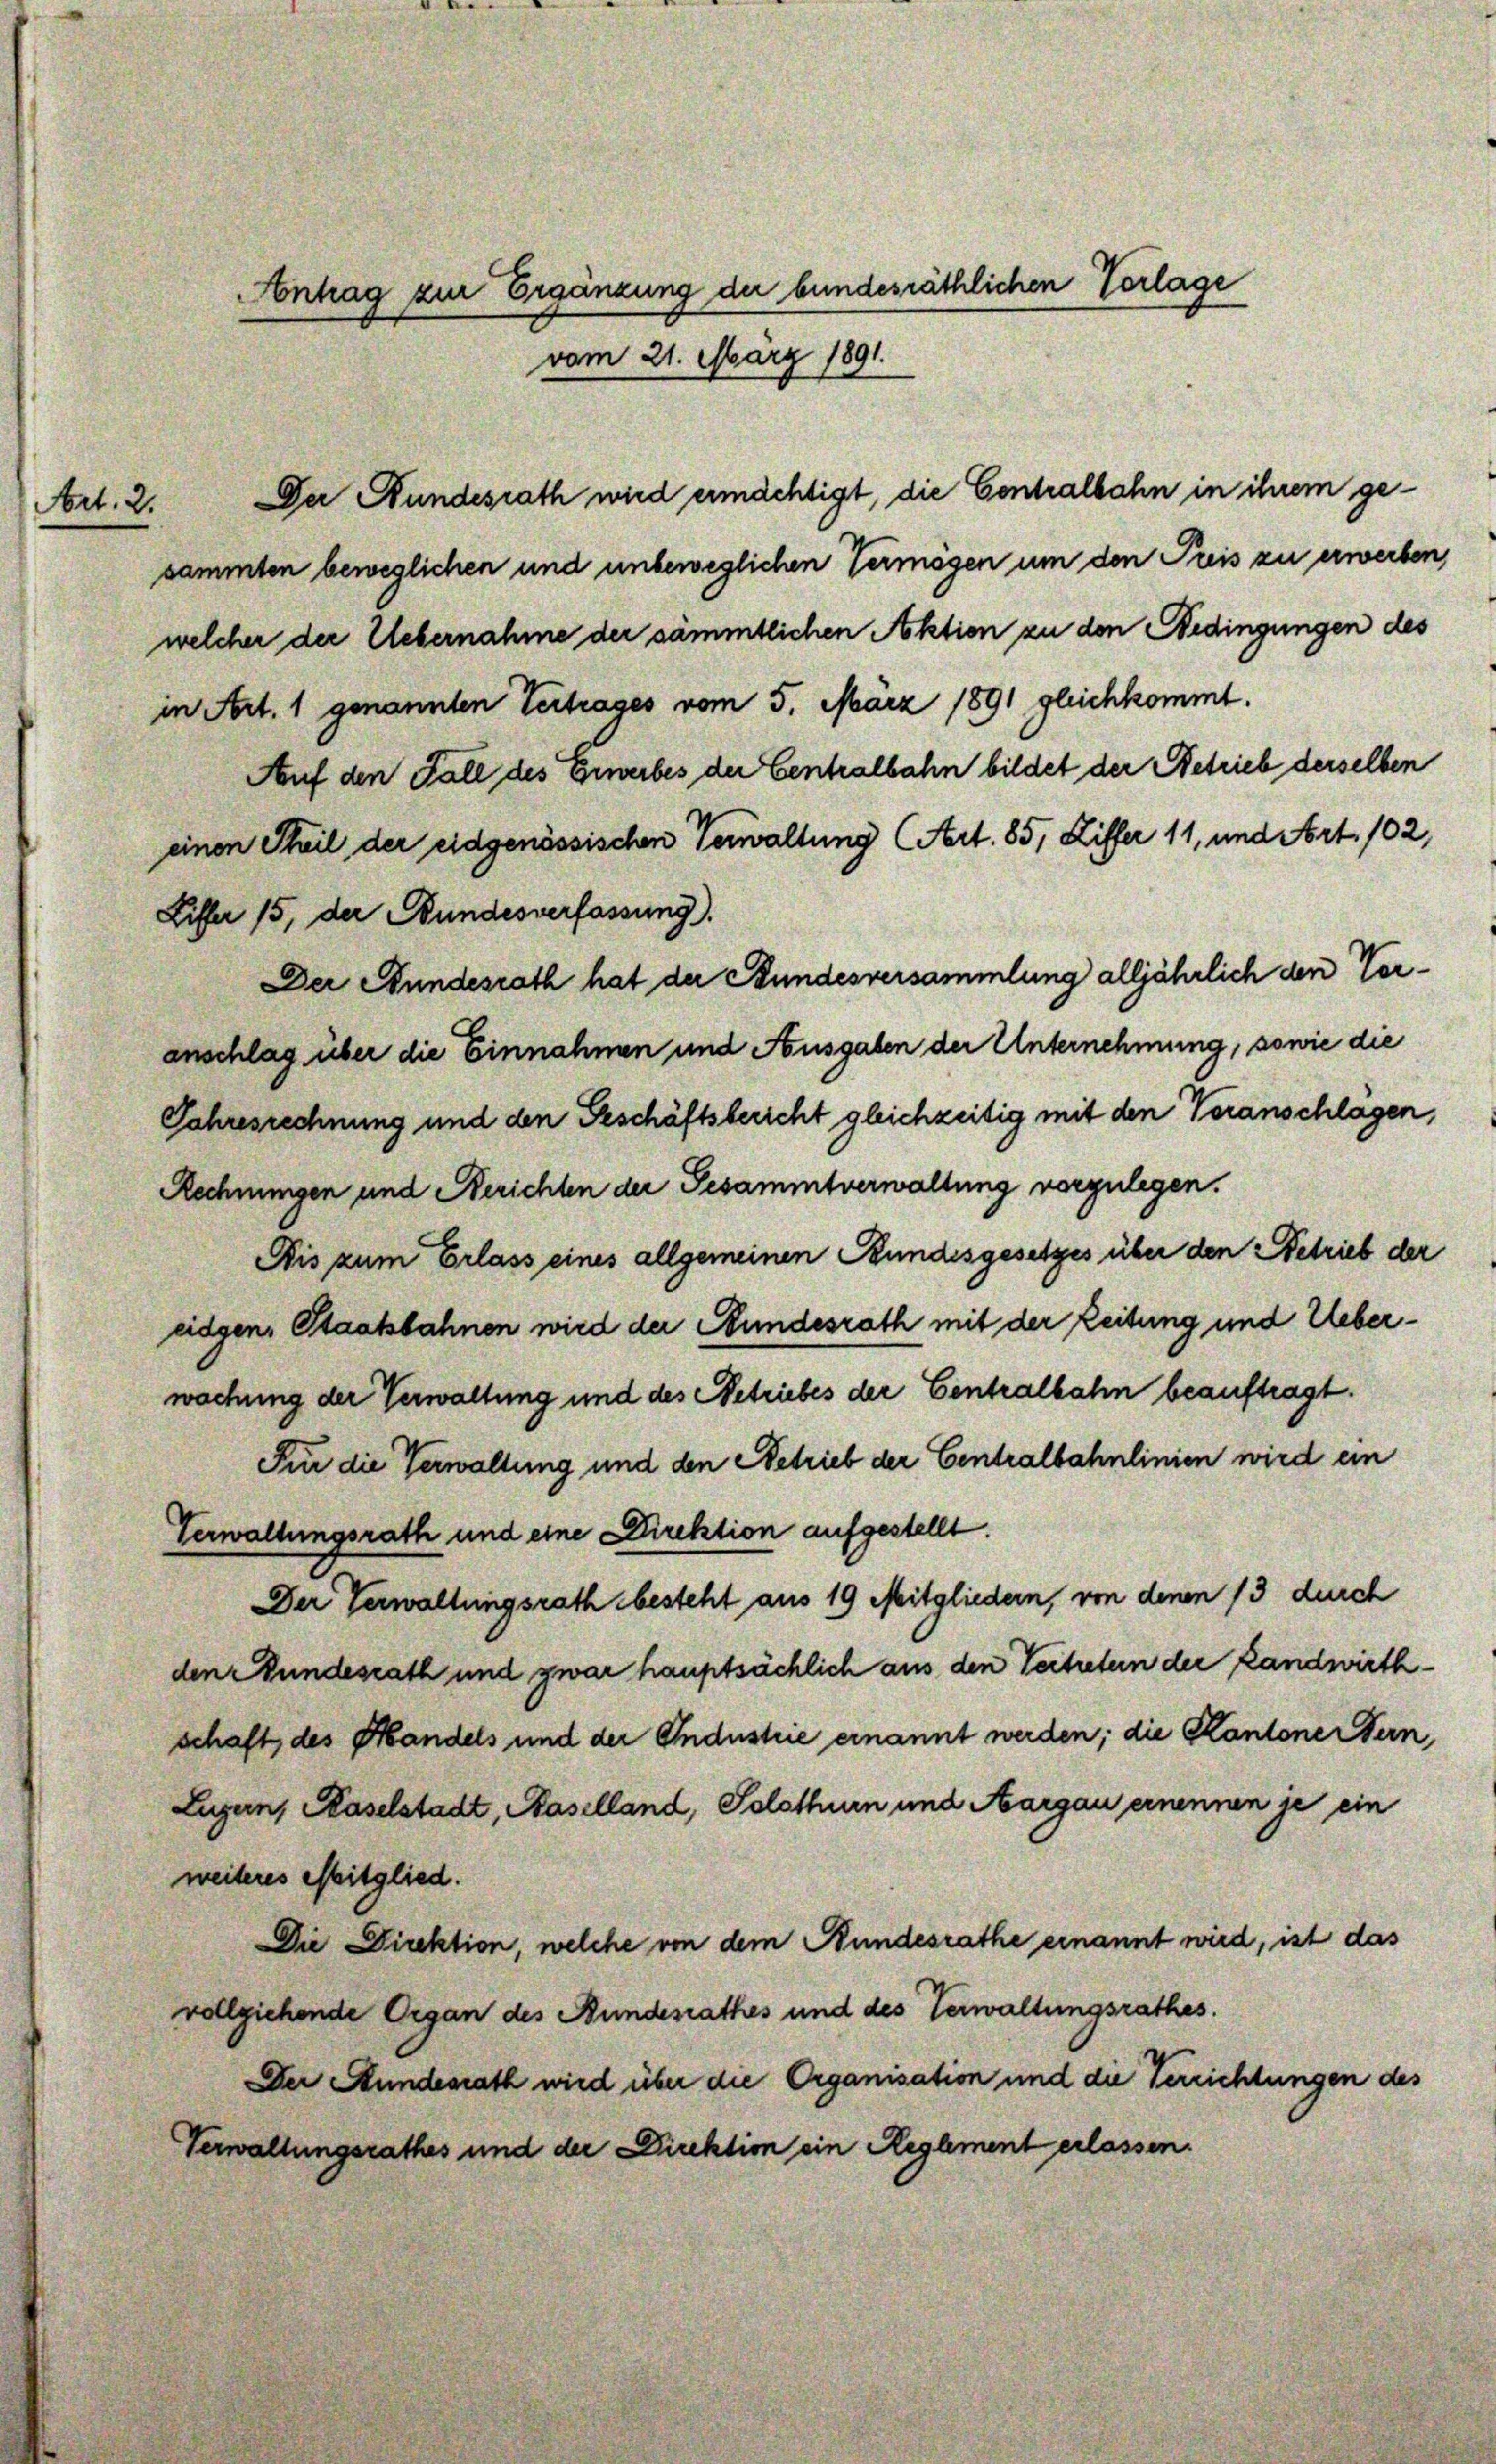
Art. 2.

vom 21. März 1891.

Der Bundesrath wird ermächtigt, die Centralbahn in ihrem gesammten beweglichen und unbeweglichen Vermögen um den Puis zu erwerben,
welcher der Uebernahme der sämmtlichen Aktion zu den Bedingungen des
in Art. 1 genannten Vertrages vom 5. März 1891 gleichkommt.
Auf den Fall des Erwerbes der Centralbahn bildet der Betrieb derselben
einen Steil der eidgenössischen Verwaltung (Art. 85, Ziffer 11, und Art. 102,
Liffer 15, der Bundesverfassung).
Der Stundesrath hat der Bundesversammlung alljährlich den Veranschlag über die Einnahmen und Ausgaben der Unternehmung, sowie die
Jahresrechnung und den Geschäftsbericht gleichzeitig mit den Veranschlagen,
Rechnungen und Berichten der Gesammtverwaltung vorzulegen.
Dis zum Erlass eines allgemeinen Bundesgesetzes über den Betrieb der
eidgen. Staatsbahnen wird der Bundesrath mit der Zeitung und Ueberwachung der Verwaltung und des Betriebes der Centralbahn beauftragt.
Für die Verwaltung und den Betrieb der Centralbahnlinien wird ein
Verwaltungsrath und eine Direktion aufgestellt.
Der Verwaltungsrath besteht aus 19 Mitgliedern, von denen 13 durch
den Bundesrath und zwar hauptsächlich aus den Vertreten der Landwirthschaft des Handels und der Industrie ernannt werden; die Kantone Stern,
Lugans Haselstadt, Baselland, Solothur und Aargau einennen je ein
weiteres Mitglied.
Die Direktion, welche von dem Bundesrathe ernannt wird, ist das
vollziehende Organ des Bundesrathes und des Verwaltungsrathes.
Der Stundesrath wird über die Organisation und die Verrichtungen des
Verwaltungsrathes und der Direktion ein Reglement erlassen.

Antrag zur Ergänzung der bundesräthlichen Verlage